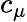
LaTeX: c_{\mu}